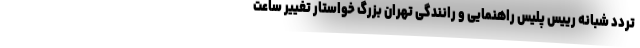
تردد شبانه رییس پلیس راهنمایی و رانندگی تهران بزرگ خواستار تغییر ساعت